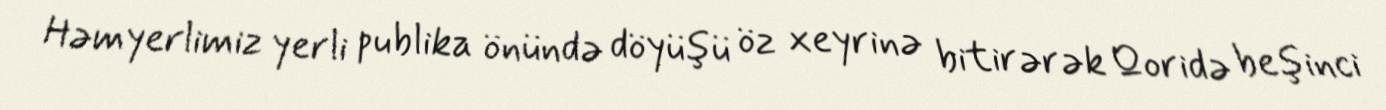
Həmyerlimiz yerli publika önündə döyüşü öz xeyrinə bitirərək Qoridə beşinci